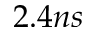
2 . 4 n s